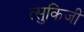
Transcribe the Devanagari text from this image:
त्सुकिजी